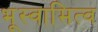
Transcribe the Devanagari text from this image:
भूस्वामित्व